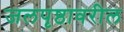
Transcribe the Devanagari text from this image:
जलपृष्ठावरील